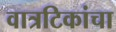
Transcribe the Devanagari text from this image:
वात्रटिकांचा